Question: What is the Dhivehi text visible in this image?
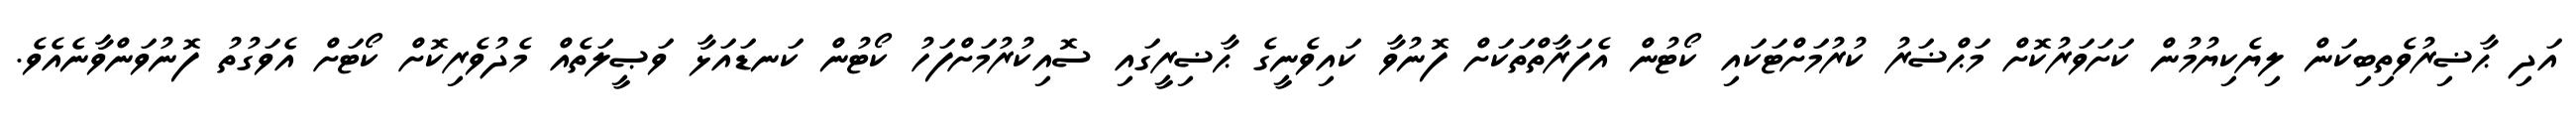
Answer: އަދި ޙާޟިރުވެތިބިކަން ލިޔެކިޔުމުން ކަށަވަރުކޮށް މަޙްޟަރު ކުރުމަށްޓަކައި ކޯޓުން އެފަރާތްތަކަށް ފޮނުވާ ކައިވެނީގެ ޙާޟިރީގައި ސޮއިކުރުމަށްފަހު ކޯޓުން ކަނޑައަޅާ ވަޞީލަތެއް މެދުވެރިކޮށް ކޯޓަށް އެވަގުތު ފޮނުވަންވާނެއެވެ.